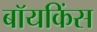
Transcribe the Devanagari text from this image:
बॉयकिंस